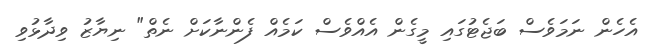
އެހެން ނަމަވެސް ބަޖެޓުގައި މީގެން އެއްވެސް ކަމެއް ފެންނާކަށް ނެތް" ނިޔާޒު ވިދާޅުވި